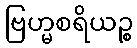
ဗြဟ္မစရိယဉ္စ